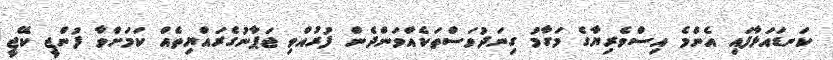
ކަނޑައަޅާފައި އެންމެ އިސްވެރިޔާގެ މަގާމު ގިނަދުވަސްތަކެއްވަންދެން ފުރުއްވި ޖަޕާނުގެރައްޔިތެއް ކަމަށްވާ ފުންޖީ ކޭޖީ